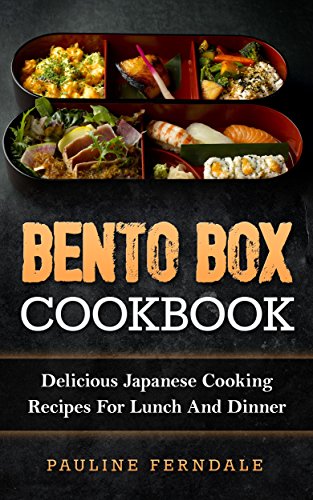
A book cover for Bento Box Cookbook: Delicious Japanese Cooking Recipes For Lunch And Dinner (Bento Box Recipes, Japanese Cooking, Japanese Recipes, Japanese Bento, Sushi, Rice Cooker); Pauline Ferndale; Cookbooks, Food & Wine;